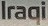
Iraqi